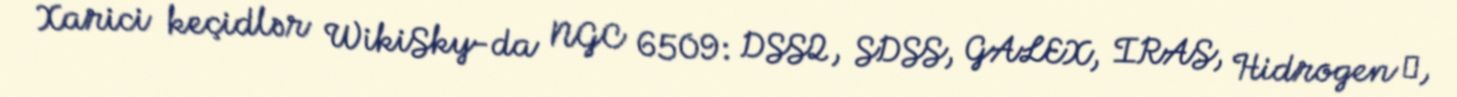
Xarici keçidlər WikiSky-da NGC 6509: DSS2, SDSS, GALEX, IRAS, Hidrogen α,